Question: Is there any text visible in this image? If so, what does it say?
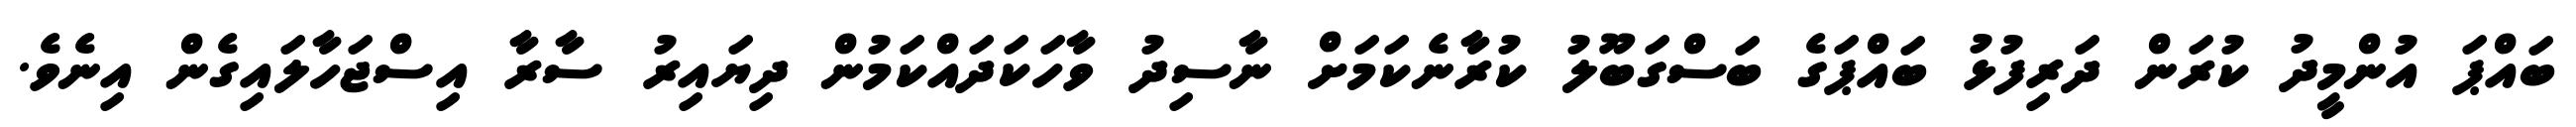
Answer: ބައްޕަ އުންމީދު ކުރަން ދަރިފުޅު ބައްޕަގެ ބަސްގަބޫލު ކުރާނެކަމަށް ނާސިދު ވާހަކަދައްކަމުން ދިޔައިރު ސާރާ އިސްޖަހާލައިގެން އިނެވެ.